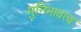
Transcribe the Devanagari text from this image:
मुनिभावत्व